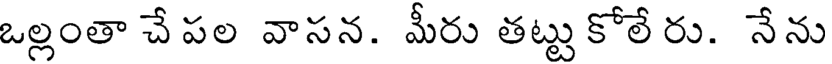
ఒల్లంతా చే పల వాసన. మీరు తట్టు కోలే రు. నేను